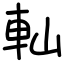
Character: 軕